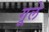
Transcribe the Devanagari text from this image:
गूले